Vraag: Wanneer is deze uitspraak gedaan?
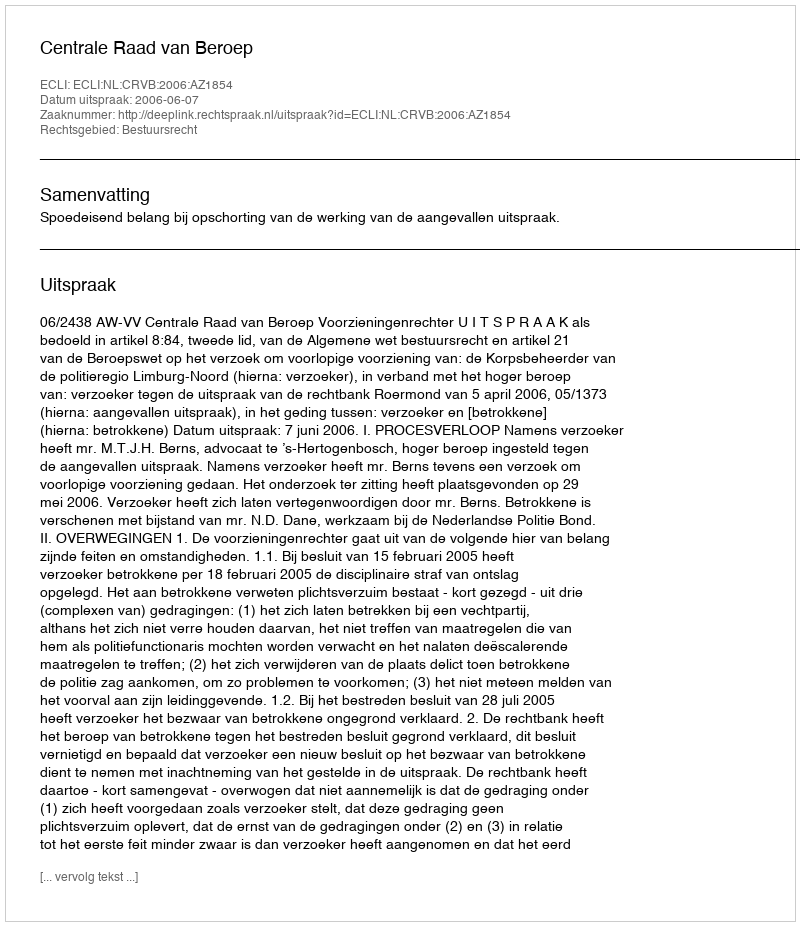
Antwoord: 2006-06-07